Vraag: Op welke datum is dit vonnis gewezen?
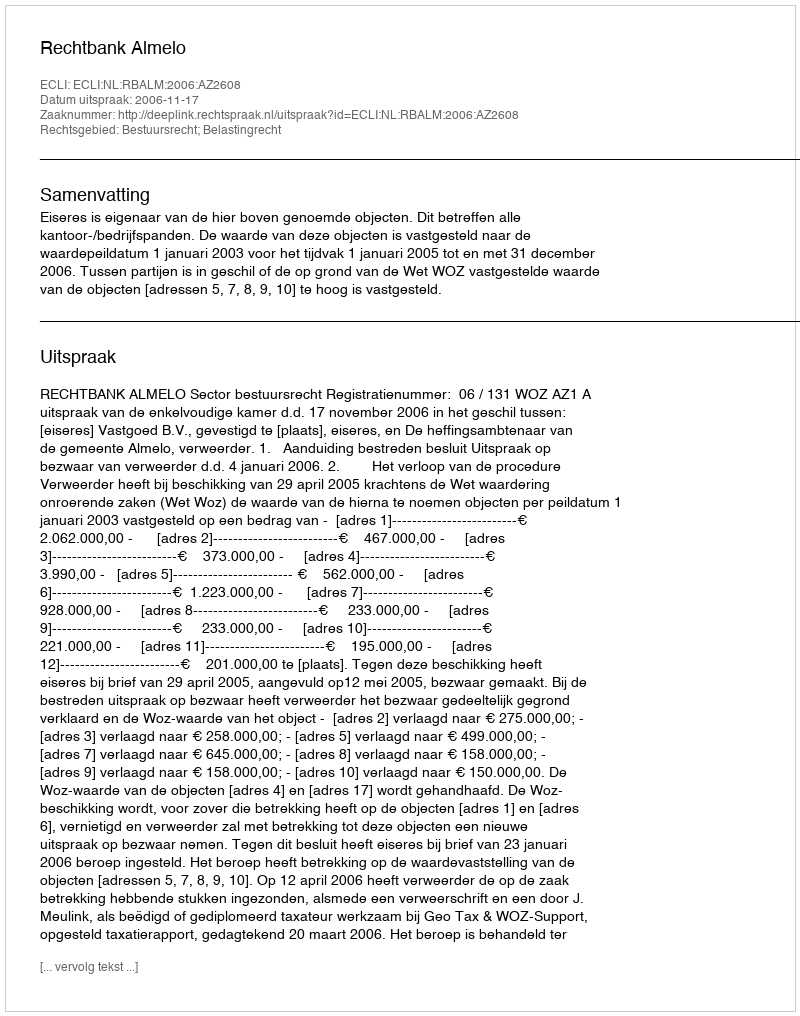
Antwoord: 2006-11-17